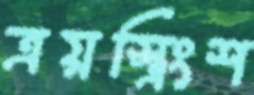
ত্রয়স্ত্রিংশ